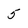
Character: 5